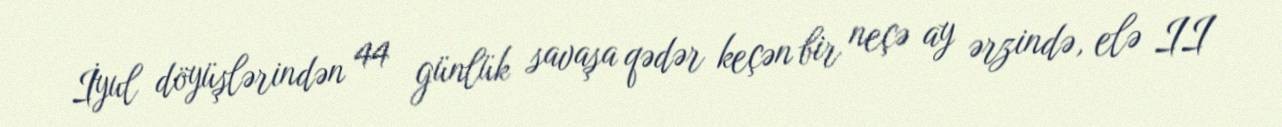
İyul döyüşlərindən 44 günlük savaşa qədər keçən bir neçə ay ərzində, elə II